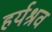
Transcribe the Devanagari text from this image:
हर्यश्रव